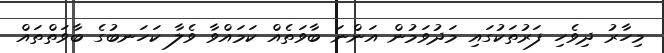
މިހާރު ދިވެހި ފަރުތަކުގައި މަދުވަމުން އަންނަ ބާވަތެއް ކަމައްވާ ވެލާ ކަހަނބުގެ ބާވަތްތައް